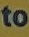
to